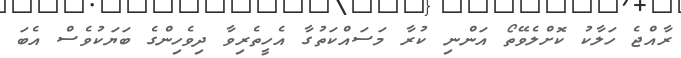
ރާއްޖެ ހަލާކު ކޮށްލެވޭތޯ އަންނި ކުރާ މަސައްކަތުގާ އެހީތެރިވާ ދިވެހިންގެ ބަޔަކުވެސް އެބަ